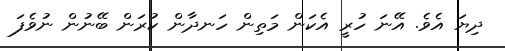
ދިޔަ އެވެ. އޭނަ ހުރީ އެކަން މަތިން ހަނދާން ކުރަން ބޭނުން ނުވެފަ